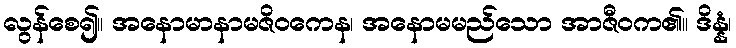
လွန်စေ၍။ အနောမာနာမဇိဝကေန၊ အနောမမည်သော အာဇီဝက၏။ ဒိန္နံ၊